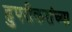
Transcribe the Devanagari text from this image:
हुपरीकरांच्या